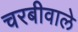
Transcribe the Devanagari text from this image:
चरबीवाले